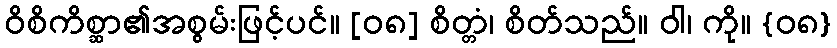
ဝိစိကိစ္ဆာ၏အစွမ်းဖြင့်ပင်။ [၀၈] စိတ္တံ၊ စိတ်သည်။ ဝါ၊ ကို။ {၀၈}